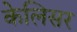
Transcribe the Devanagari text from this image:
केलिसर